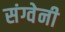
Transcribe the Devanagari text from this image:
संग्वेनी